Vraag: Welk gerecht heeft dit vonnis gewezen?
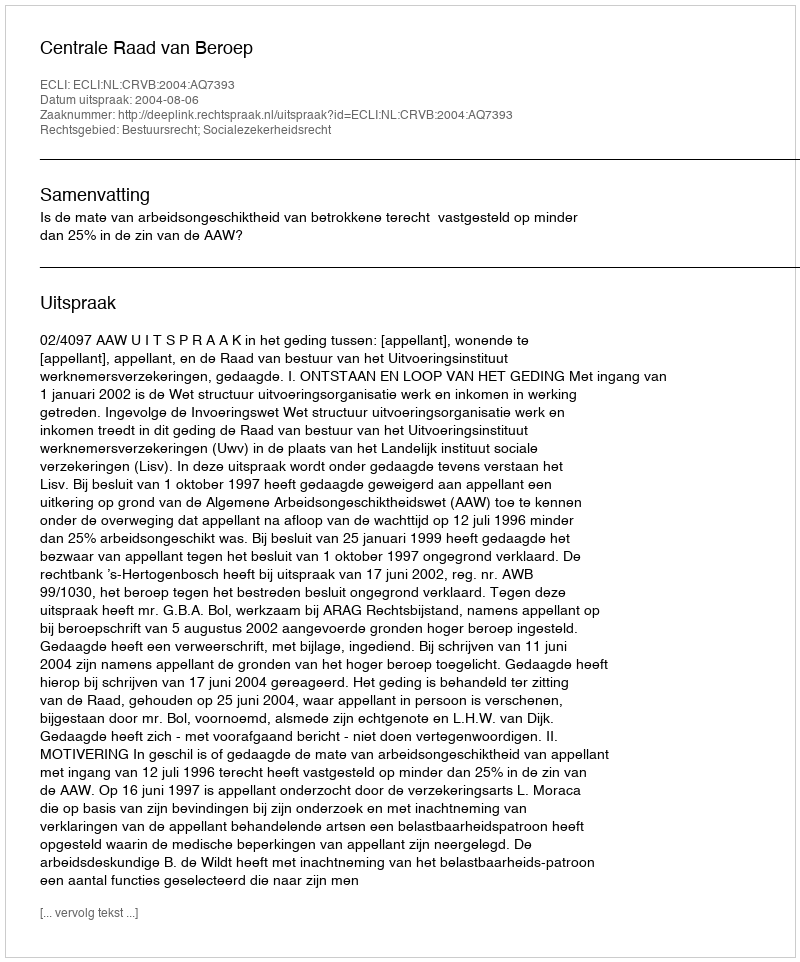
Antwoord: Centrale Raad van Beroep